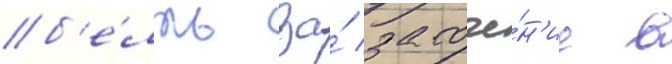
б'е́лль за́ заточе́н'ие в